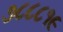
૭૮૮૮૧૯